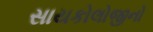
સાયકોલોજીનો